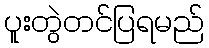
ပူးတွဲတင်ပြရမည်